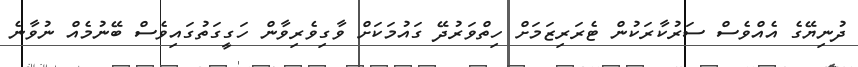
ދުނިޔޭގެ އެއްވެސް ސަރުކާރަކުން ޓެރަރިޒަމަށް ހިތްވަރުދޭ ގައުމަކަށް ވާގިވެރިވާން ހަގީގަތުގައިވެސް ބޭނުމެއް ނުވާނެ